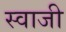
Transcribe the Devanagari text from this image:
स्वाजी